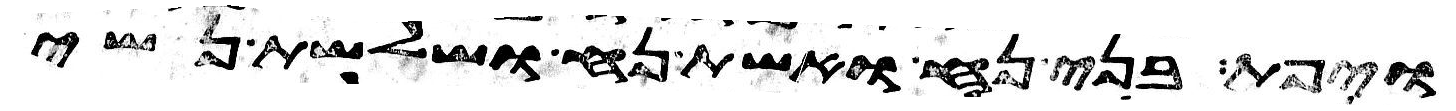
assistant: ויפת בני נח ואשת נח ושלשת נשי